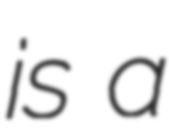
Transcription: is a